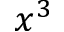
x ^ { 3 }